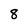
Character: 8